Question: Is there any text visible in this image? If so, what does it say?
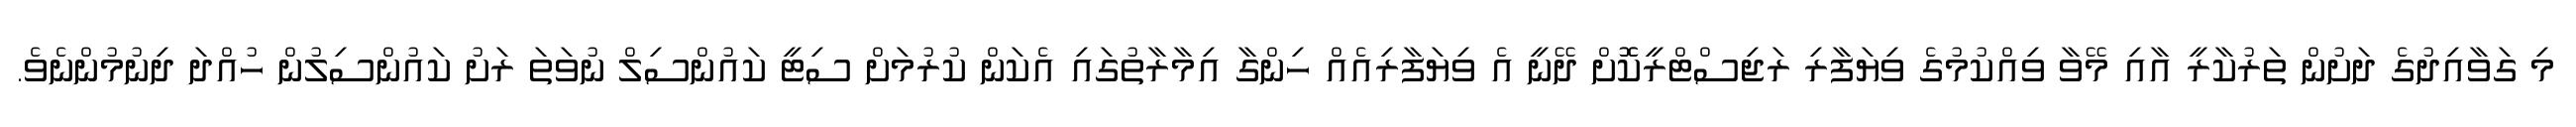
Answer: މި ގަވާއިދުގެ ދަށުން ތަރުކާރީ އާއި މޭވާ ވިއްކުމުގެ ވިޔަފާރި ރަޖިސްޓްރީކޮޮށް ދޭނީ އެ ވިޔަފާރިއެއް ހިންގާ އިމާރާތުގައި އެކަން ކުރުމަށް ސިޓީ ކައުންސިލް ނުވަތަ ރަށު ކައުންސިލުން ހުއްދަ ދިނުމުންނެވެ.